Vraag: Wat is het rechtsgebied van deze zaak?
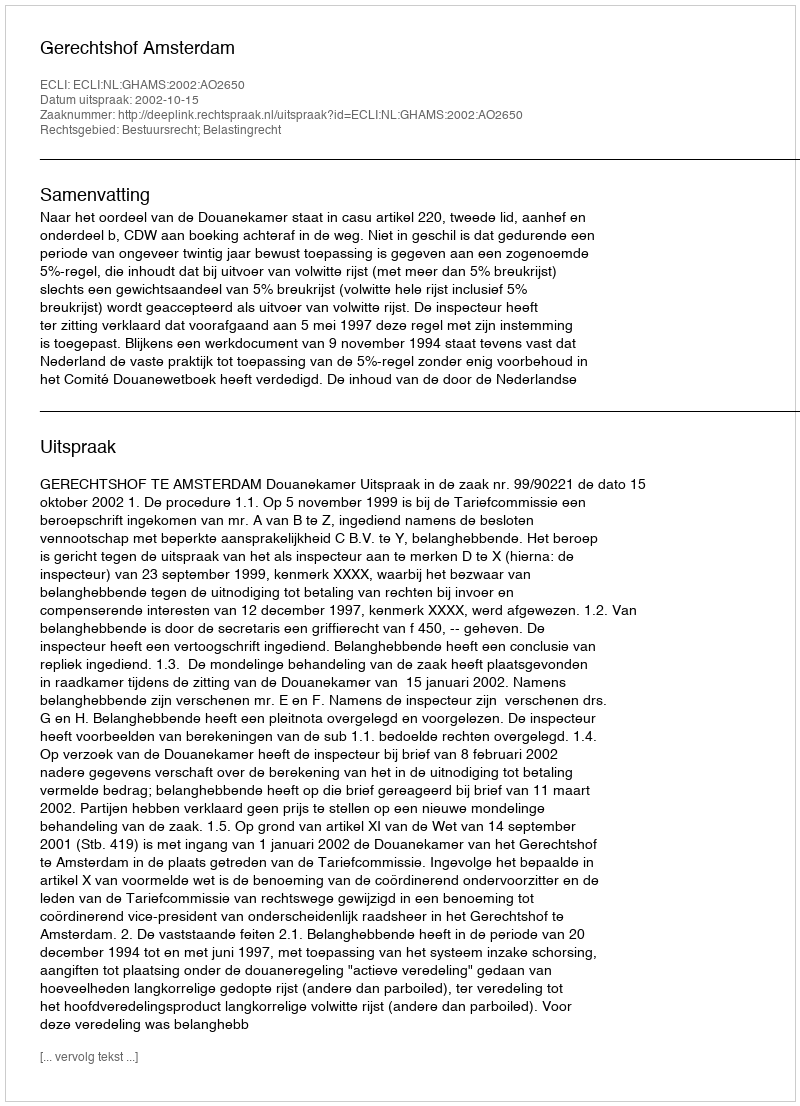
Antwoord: Bestuursrecht; Belastingrecht